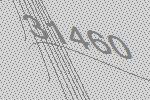
31460